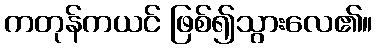
ကတုန်ကယင် ဖြစ်၍သွားလေ၏။